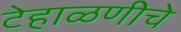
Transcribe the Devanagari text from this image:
टेहाळणीचे